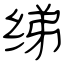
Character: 绨